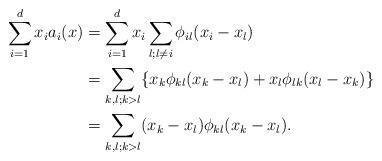
LaTeX: \begin{align*}\sum_{i=1}^dx_ia_i(x)&=\sum_{i=1}^dx_i\sum_{l;l\neq i}\phi_{il}(x_i-x_l)\\&=\sum_{k,l;k>l}\{x_k\phi_{kl}(x_k-x_l)+x_l\phi_{lk}(x_l-x_k)\}\\&=\sum_{k,l;k>l}(x_k-x_l)\phi_{kl}(x_k-x_l).\end{align*}